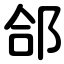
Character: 郃